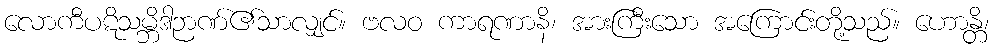
လောကီပဋိသမ္ဘိဒါဉာဏ်၏သာလျှင်။ ဗလဝ ကာရဏာနိ၊ အားကြီးသော အကြောင်းတို့သည်။ ဟောန္တိ၊